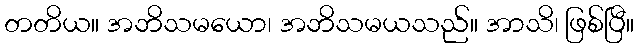
တတိယ။ အဘိသမယော၊ အဘိသမယသည်။ အာသိ၊ ဖြစ်ပြီ။